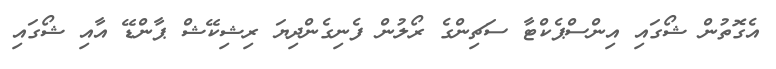
އެގޮތުން ޝޯގައި އިންސްޕެކްޓާ ސަޗިންގެ ރޯލުން ފެނިގެންދިޔަ ރިޝިކޭޝް ޕާންޑޭ އާއި ޝޯގައި